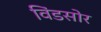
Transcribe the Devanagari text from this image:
विंडसोर